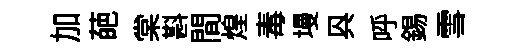
加葩棠斟間煌毒墁㒷呼錫雪